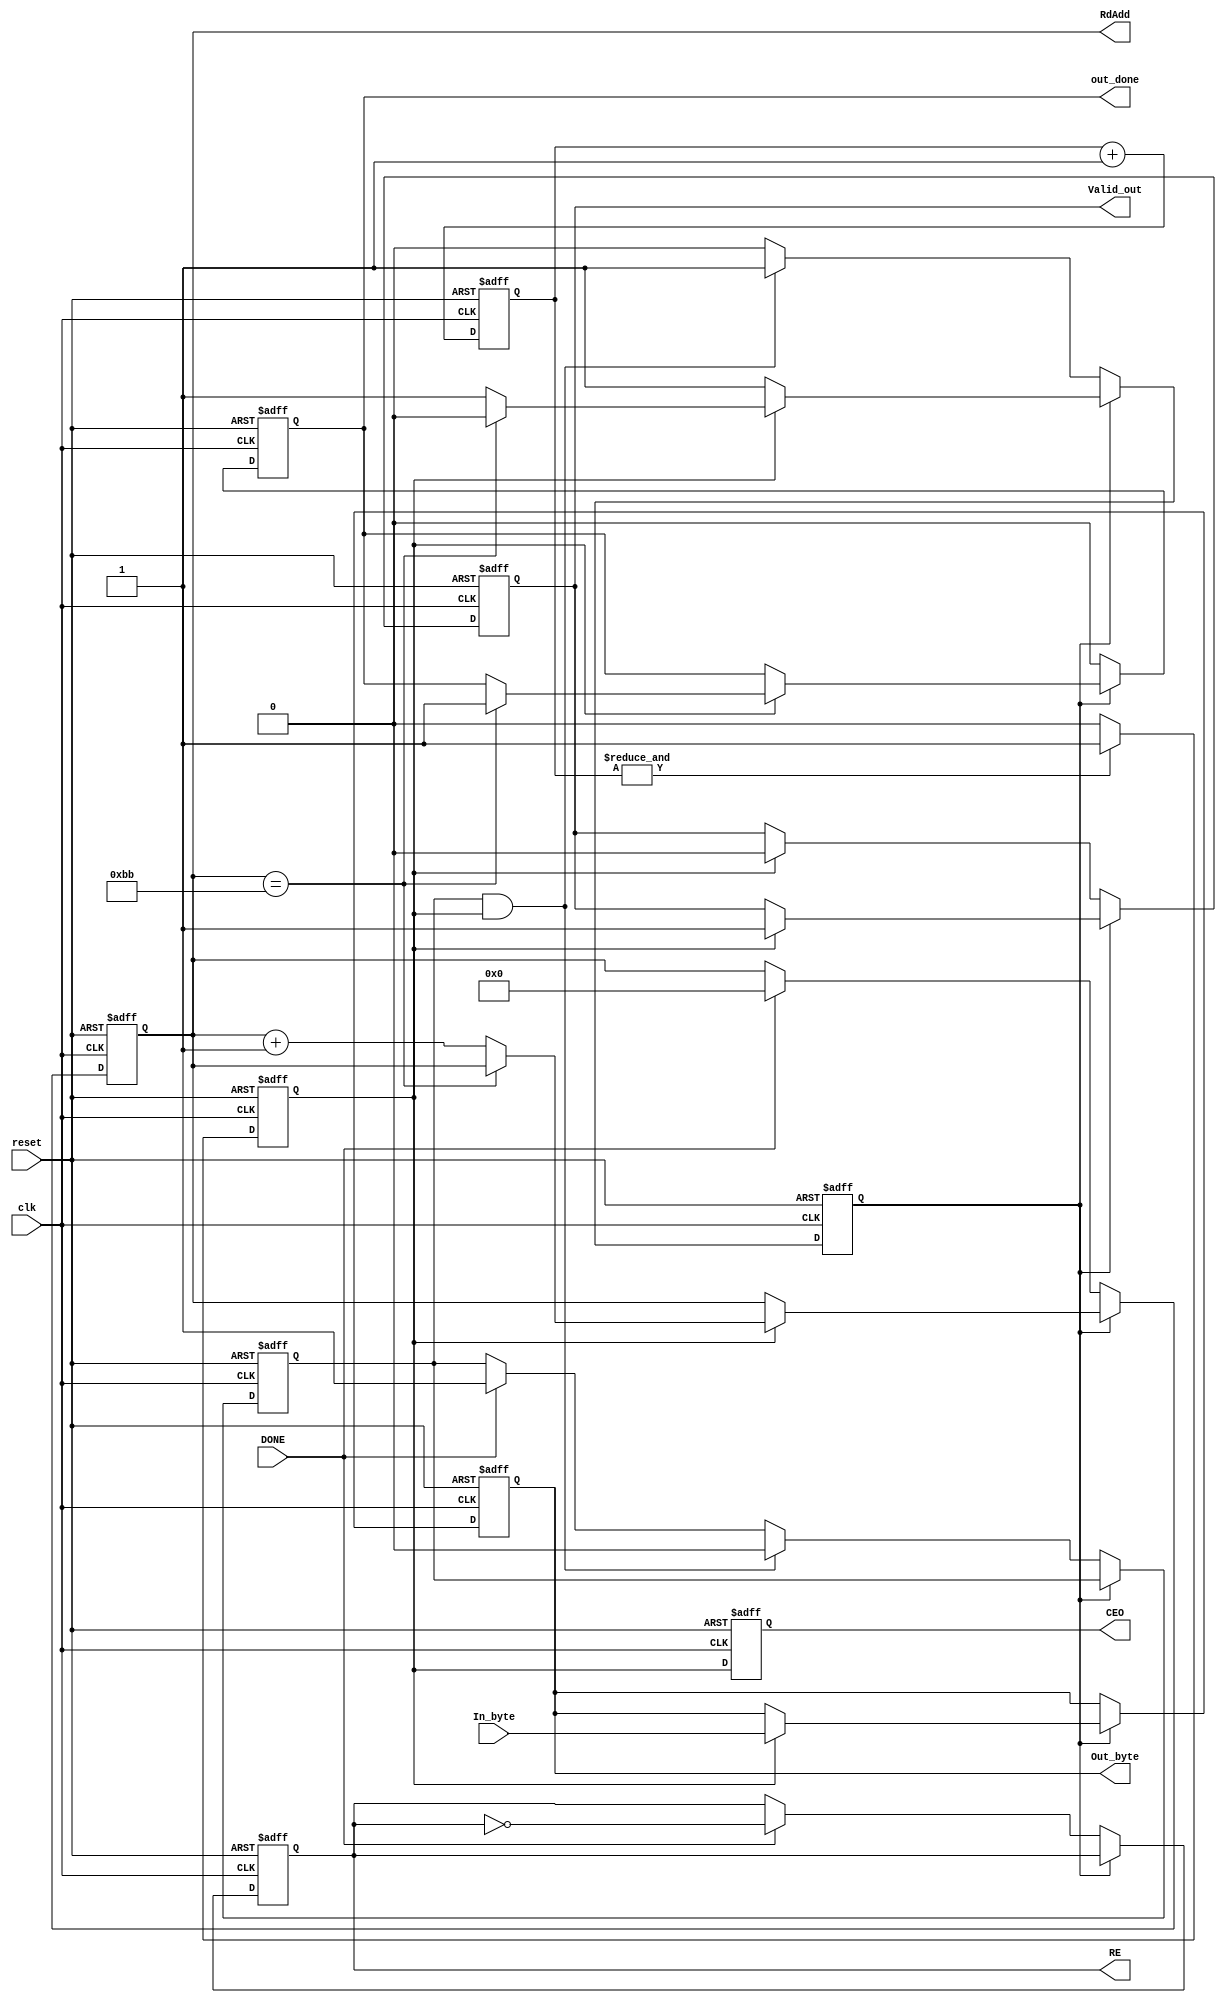
/* This program is free software: you can redistribute it and/or modify
   it under the terms of the GNU General Public License as published by
   the Free Software Foundation, either version 3 of the License, or
   (at your option) any later version.

   This program is distributed in the hope that it will be useful,
   but WITHOUT ANY WARRANTY; without even the implied warranty of
   MERCHANTABILITY or FITNESS FOR A PARTICULAR PURPOSE.  See the
   GNU General Public License for more details.

   You should have received a copy of the GNU General Public License
   along with this program.  If not, see <http://www.gnu.org/licenses/>.
   
   Email : semiconductors@varkongroup.com
   Tel   : 1-732-447-8611
   
*/



module out_stage
/////  generate output bytes from pipeling memories
(

input clk, // input clock planned to be 56 Mhz
input reset, // active high asynchronous reset

// active high flag for one clock to indicate that the block should work
input DONE, 

output reg RE,  /// RE for input memories 

output reg [7:0] RdAdd,

input [7:0] In_byte,
//////////////////////////////////////
output reg [7:0] Out_byte,
output reg CEO,
output reg Valid_out,
//////////////////////////////////////
output reg out_done

);

reg CE;
reg [2:0] cnt8;


reg state;  //// 0 or 1

reg F;  /// flag to control translation from state 0 to state1

////// CE generation///////////
always@(posedge clk or posedge reset)
begin
	if(reset)
		begin
			CE<=0;
			cnt8<=0;
			CEO<=0;
		end
	else
		begin
			cnt8<=cnt8+1;
			CEO <= CE;
			
			if(&cnt8)
				CE<=1;
			else
				CE<=0;
		end
end
//////////////////////////////////////////////////////////
always@(posedge clk or posedge reset)
begin
	if(reset)
		begin
			RE<=0;
			RdAdd<=0;
			out_done<=0;
			state<=0;
			Valid_out<=0;
			Out_byte<=0;
			F<=0;
		end
	else
		begin
			case(state)
			////////////////////////////////////////////////
			1:begin  // operation is running
				if (CE)
						begin
							if(RdAdd == 187)
								begin
									state<=0;
									out_done<=1;
								end
							else	
								RdAdd<=RdAdd+1;
								
								Out_byte<=In_byte;
								Valid_out<=1;
						end	
			end
			///////////////////////////////////////////////
			default:begin    /// idle state
				if(CE)
					Valid_out<=0;
				
				
				out_done<=0;
				
				if(DONE)
					begin
						F<=1;
						RE<=~RE;
						RdAdd<=0;
					end
				
				if(F && CE)
					begin
						state<=1;
						F<=0;
					end
			end
			/////////////////////////////////////////////////////////////////////
			endcase
		end
end

endmodule